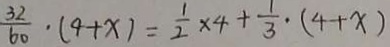
\frac { 3 2 } { 6 0 } \cdot ( 9 + x ) = \frac { 1 } { 2 } \times 4 + \frac { 1 } { 3 } \cdot ( 4 + x )